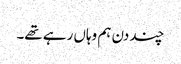
چند دن ہم وہاں رہے تھے۔